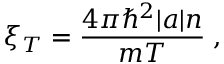
\xi _ { T } = \frac { 4 \pi \hbar ^ { 2 } | a | n } { m T } \; ,